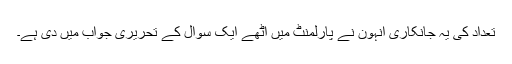
تعداد کی یہ جانکاری انہون نے پارلمنٹ میں اٹھے ایک سوال کے تحریری جواب میں دی ہے۔